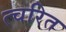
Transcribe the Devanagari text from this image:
त्चरित